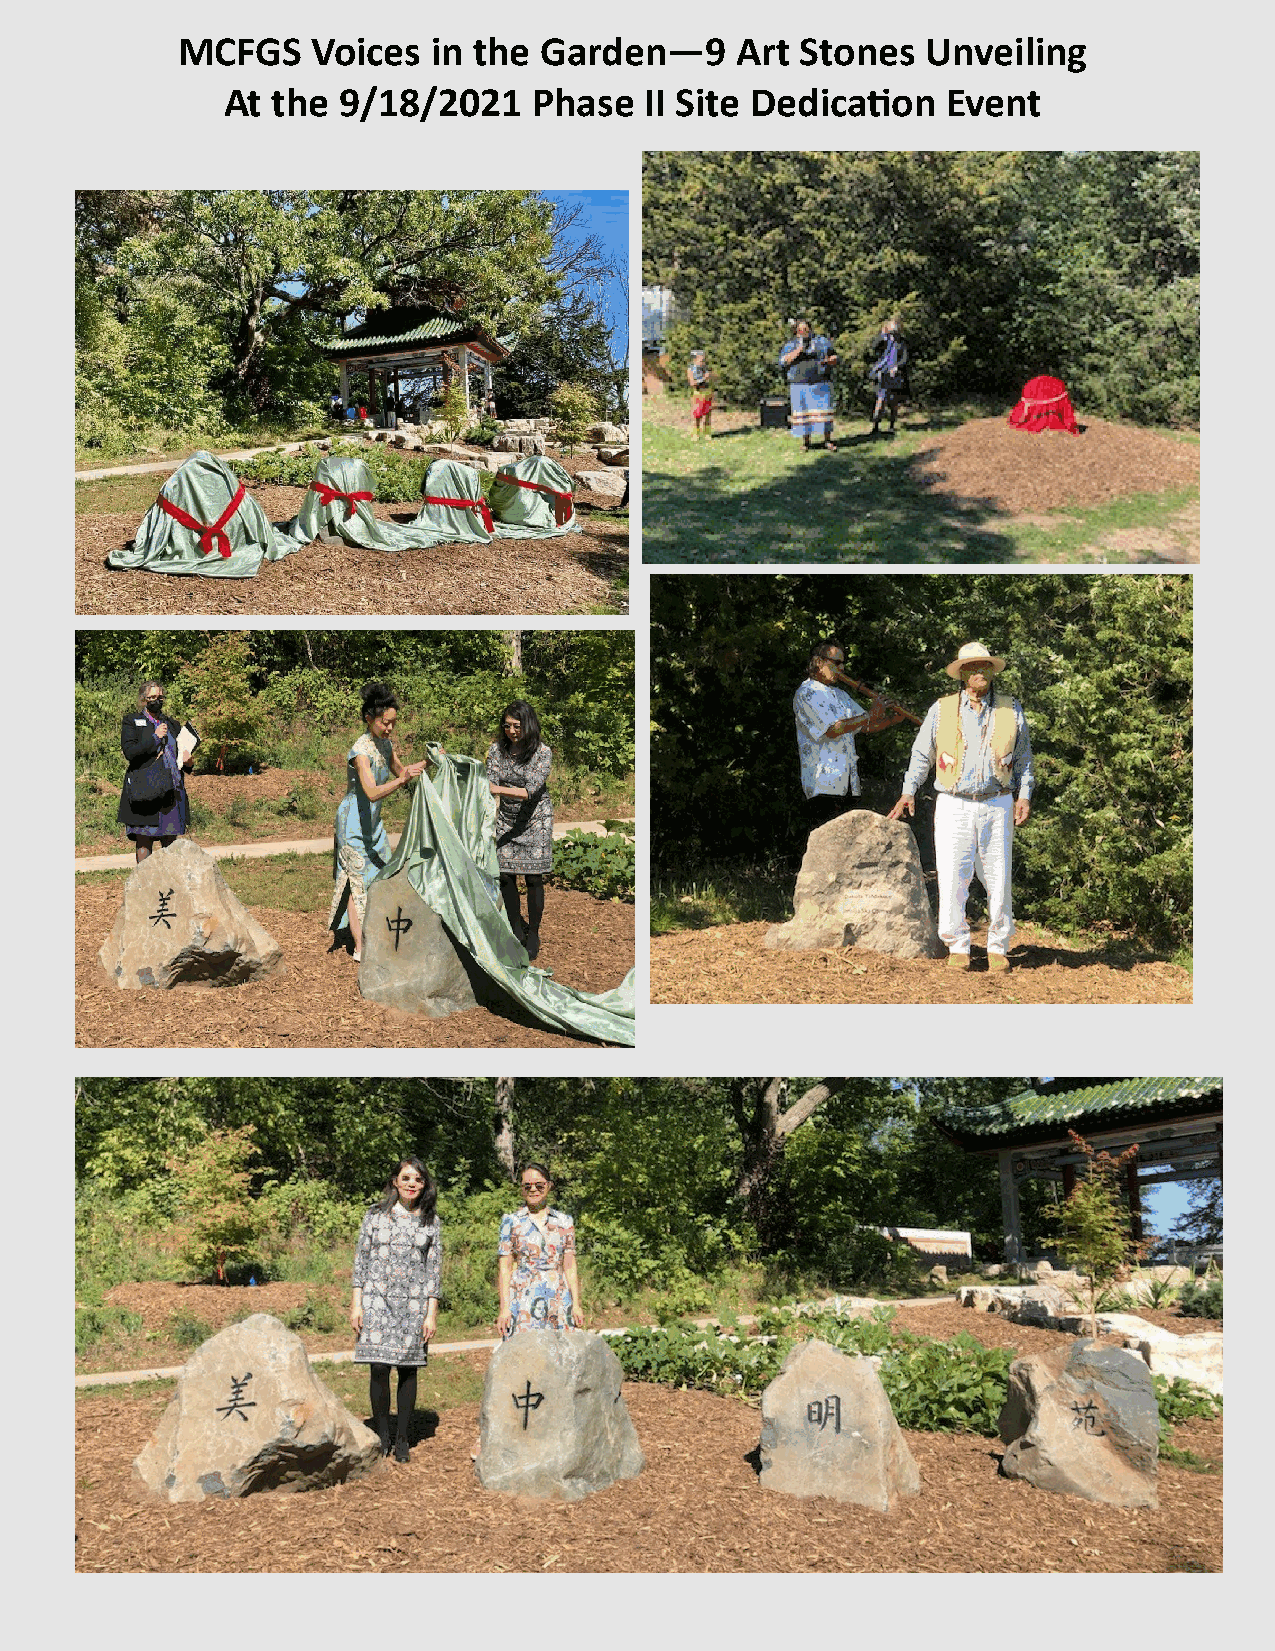
MCFGS    Voices  in the Garden—9     Art Stones  Unveiling
 At the 9/18/2021    Phase   II Site Dedication  Event